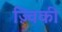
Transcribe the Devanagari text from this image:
ज़्विकी